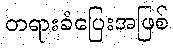
တရားခံပြေးအဖြစ်